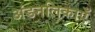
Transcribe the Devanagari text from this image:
अंडनलिकाएँ